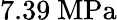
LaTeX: \mathrm{7.39\ MPa}